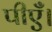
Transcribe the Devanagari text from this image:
पीएँ।